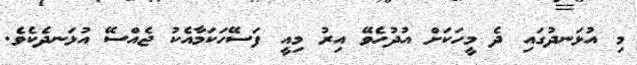
މި އުޅަނދުގައި ދެ މީހަކަށް އުދުހެވޭ އިރު މިއީ ފަސޭހަކަމާއެކު ޖެއްސޭ އުޅަނދެކެވެ.